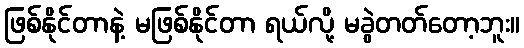
ဖြစ်နိုင်တာနဲ့ မဖြစ်နိုင်တာ ရယ်လို့ မခွဲတတ်တော့ဘူး။